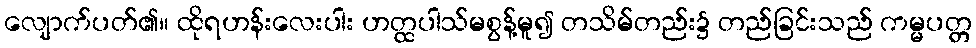
လျောက်ပတ်၏။ ထိုရဟန်းလေးပါး ဟတ္ထပါသ်မစွန့်မူ၍ တသိမ်တည်း၌ တည်ခြင်းသည် ကမ္မပတ္တ